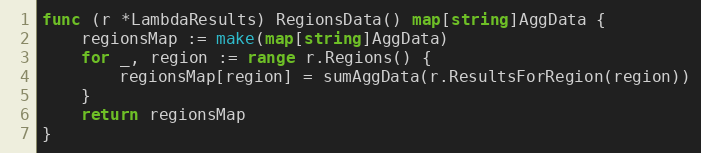
Language: Go
func (r *LambdaResults) RegionsData() map[string]AggData {
	regionsMap := make(map[string]AggData)
	for _, region := range r.Regions() {
		regionsMap[region] = sumAggData(r.ResultsForRegion(region))
	}
	return regionsMap
}